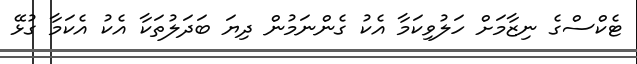
ޓެކްސްގެ ނިޒާމަށް ހަލުވިކަމާ އެކު ގެންނަމުން ދިޔަ ބަދަލުތަކާ އެކު އެކަމާ ގުޅޭ